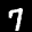
Label: 7